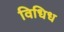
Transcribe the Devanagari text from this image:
विधिध